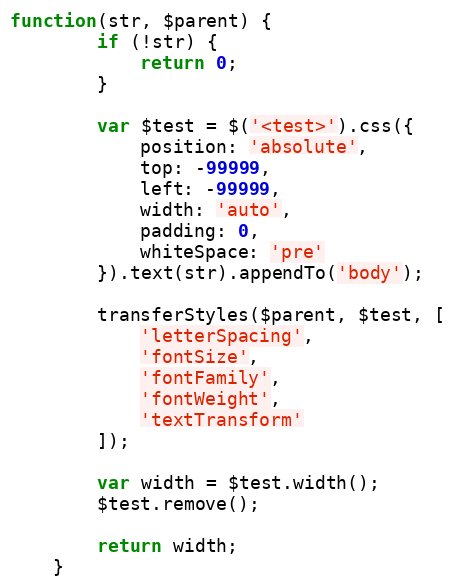
Language: JavaScript
function(str, $parent) {
		if (!str) {
			return 0;
		}

		var $test = $('<test>').css({
			position: 'absolute',
			top: -99999,
			left: -99999,
			width: 'auto',
			padding: 0,
			whiteSpace: 'pre'
		}).text(str).appendTo('body');

		transferStyles($parent, $test, [
			'letterSpacing',
			'fontSize',
			'fontFamily',
			'fontWeight',
			'textTransform'
		]);

		var width = $test.width();
		$test.remove();

		return width;
	}